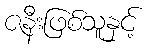
ဇနီးဖြစ်သူနှင့်